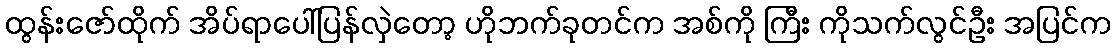
ထွန်းဇော်ထိုက် အိပ်ရာပေါ်ပြန်လှဲတော့ ဟိုဘက်ခုတင်က အစ်ကို ကြီး ကိုသက်လွင်ဦး အပြင်က